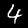
Label: 4